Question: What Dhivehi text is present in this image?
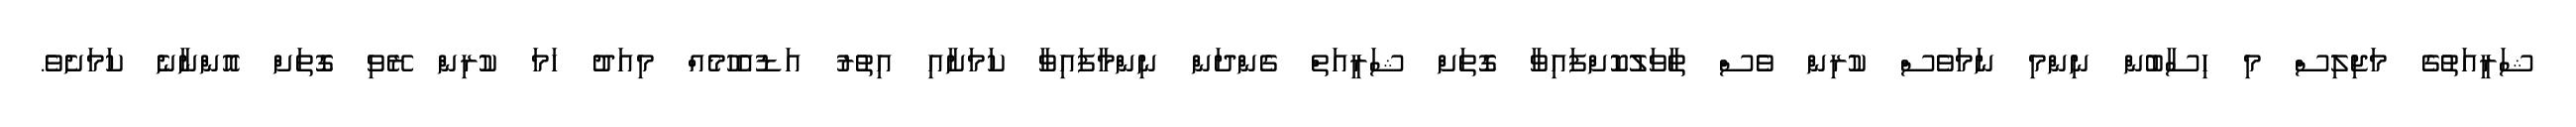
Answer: ޝަރީއަތުގެ މަޖިލިސް މި ހިސާބުން ނިންމި ނަމަވެސް ކުރިން ވެސް ތާވަލުކޮށްފައިވާ ގޮތަށް ޝަރީއަތް ގެންދަން ނިންމާފައިވާ ކަމަށާއި އިތުރު އަޑުއެހުމެއް މިއަދު ހަމަ ކުރިން ރޭވި ގޮތަށް އޮންނާނެ ކަމަށެވެ.